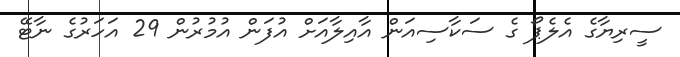
ސީރިޔާގެ އެލެޕޯ ގެ ސަކާސިއަން އާއިލާއަށް އުފަން އުމުރުން 29 އަހަރުގެ ނާޓޭ